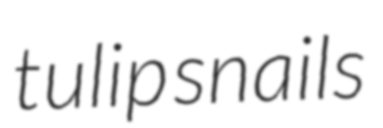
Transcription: tulip snails